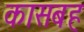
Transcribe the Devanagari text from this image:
कासबह